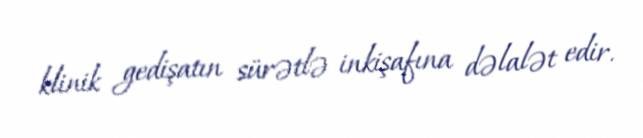
klinik gedişatın sürətlə inkişafına dəlalət edir.